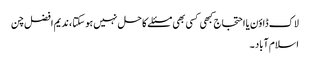
لاک ڈاؤن یا احتجاج کبھی کسی بھی مسئلے کا حل نہیں ہو سکتا ، ندیم افضل چن
اسلام آباد ۔